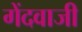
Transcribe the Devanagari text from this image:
गेंदवाजी